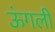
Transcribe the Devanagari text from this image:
ऊंगली